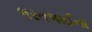
ભરતભાઈના